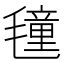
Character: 𭯤